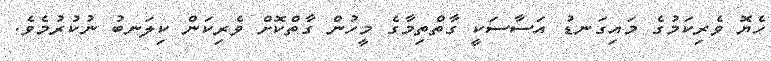
ހެޔޮ ވެރިކަމުގެ މައިގަނޑު އަސާސަކީ ގާތްތިމާގެ މީހުން ގާތްކޮށް ވެރިކަން ކިލަނބު ނުކުރުމެވެ.